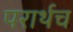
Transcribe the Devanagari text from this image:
परार्थच